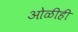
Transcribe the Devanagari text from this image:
ओळीही